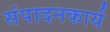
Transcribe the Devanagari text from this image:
संपादनकार्य